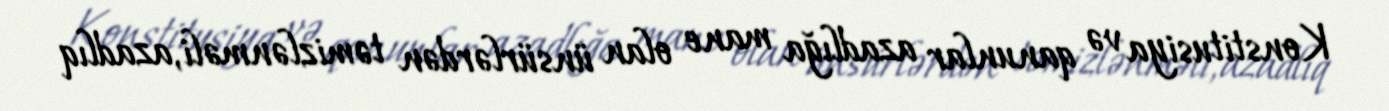
Konstitusiya və qanunlar azadlığa mane olan ünsürlərdən təmizlənməli, azadlıq